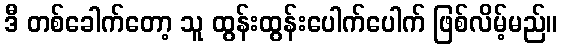
ဒီ တစ်ခေါက်တော့ သူ ထွန်းထွန်းပေါက်ပေါက် ဖြစ်လိမ့်မည်။